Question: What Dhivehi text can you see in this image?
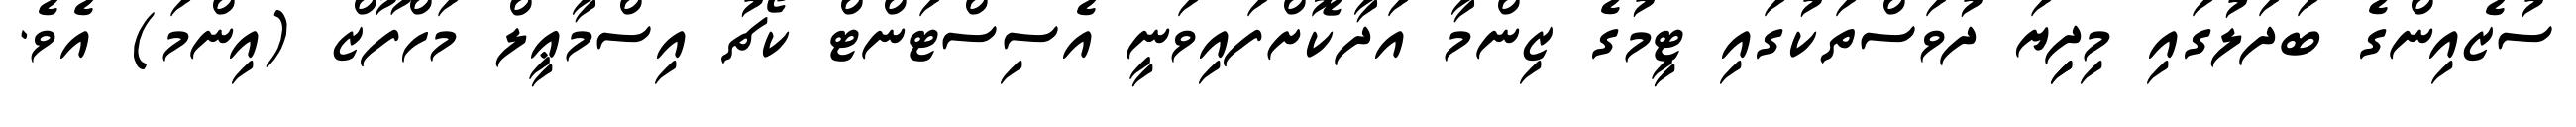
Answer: ސުޒެއިންގެ ބަދަލުގައި މިދިިޔަ ދުވަސްތަކުގައި ޓީމުގެ ޒިންމާ އަދާކޮށްފައިވަނީ އެސިސްޓަންޓް ކޯޗު އިސްމާޢީލް މަހްފޫޒް (އިންމަ) އެވެ.